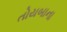
તોયબાના